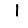
Digit: 1